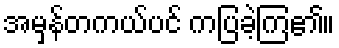
အမှန်တကယ်ပင် ကပြခဲ့ကြ၏။